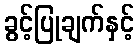
ခွင့်ပြုချက်နှင့်